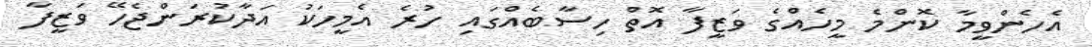
އެހެންވީމާ ކޮންމެ މީހެއްގެ ވަޒީފާ އޮތް ހިސާބެއްގައި ހުރެ އެމީހަކު އަދާކުރަންޖެހޭ ވަޒީފާ